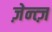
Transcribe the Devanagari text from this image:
ज़ेन्त्ज़